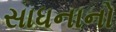
સાધનાનો